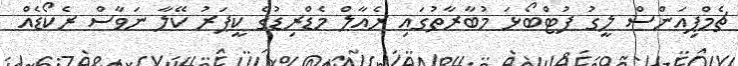
ޗެމްޕިއަންސް ލީގު ފުޓްބޯޅަ މުބާރާތުގައި ރެއާލް މެޑްރިޑުގެ ކީޕަރު ކޭލާ ނަވާސް ރެކޯޑެއް